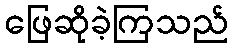
ဖြေဆိုခဲ့ကြသည်